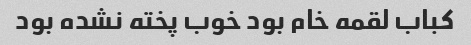
کباب لقمه خام بود خوب پخته نشده بود